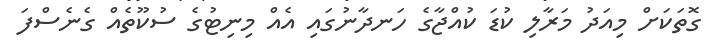
ގޮތަކަށް މިއަދު މަރާލި ކުޑަ ކުއްޖާގެ ހަނދާނުގައި އެއް މިނިޓުގެ ސުކޫތެއް ގެނެސްފަ